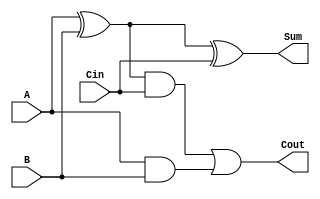
`timescale 1ns / 1ps
//////////////////////////////////////////////////////////////////////////////////
// Company: 
// Engineer: 
// 
// Design Name: 
// Module Name:    adder 
// Project Name: 
// Target Devices: 
// Tool versions: 
// Description: 
//
// Dependencies: 
//
// Revision: 
// Revision 0.01 - File Created
// Additional Comments: 
//
//////////////////////////////////////////////////////////////////////////////////
module adder(input A, input B, input Cin, output Sum, output Cout 
    );
wire p,r,s;
xor (p,A,B);
xor (Sum,p,Cin);
and(r,p,Cin);
and(s,A,B);
or(Cout,r,s);

endmodule